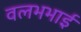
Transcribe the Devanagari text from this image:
वलभभाई